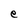
Character: e